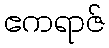
ဧကရာဇ်